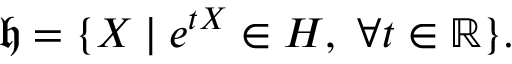
{ \mathfrak { h } } = \{ X \mid e ^ { t X } \in H , \, \, \forall t \in \mathbb { R } \} .